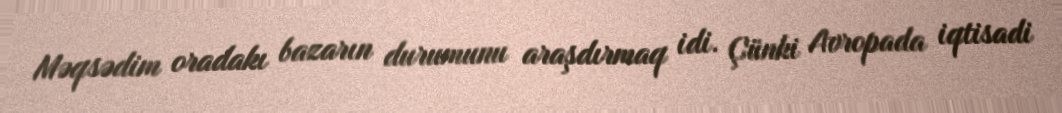
Məqsədim oradakı bazarın durumunu araşdırmaq idi. Çünki Avropada iqtisadi